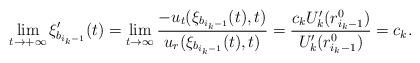
LaTeX: \begin{align*}\lim_{t\to+\infty}\xi'_{b_{i_k-1}}(t)=\lim_{t\to\infty}\frac{-u_t(\xi_{b_{i_k-1}}(t), t)}{u_r(\xi_{b_{i_k-1}}(t), t)}=\frac{c_kU_k'(r^0_{i_k-1})}{U_k'(r^0_{i_k-1})}=c_k.\end{align*}